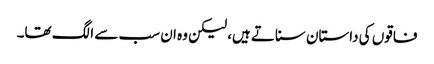
فاقوں کی داستان سناتے ہیں، لیکن وہ ان سب سے الگ تھا۔